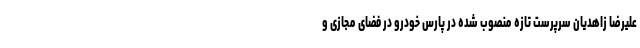
علیرضا زاهدیان سرپرست تازه منصوب شده در پارس خودرو در فضای مجازی و